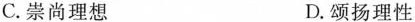
C.崇尚理想 D.颂扬理性